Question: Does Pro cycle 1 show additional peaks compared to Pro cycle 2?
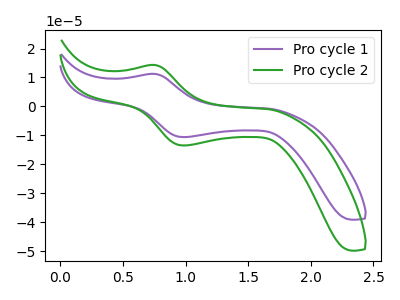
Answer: <think>The purple curve "Pro cycle 1" has an anodic peak at (0.75V, 11.25uA) and a cathodic peak at (1.00V, -10.60uA). The green curve "Pro cycle 2" has an anodic peak at (0.75V, 14.30uA) and a cathodic peak at (1.00V, -13.50uA).
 All the peaks in "Pro cycle 1" have a peak in "Pro cycle 2" at the same potential. Every peak in "Pro cycle 1" is lower than every peak in "Pro cycle 2".</think>
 <answer>No, "Pro cycle 1" and "Pro cycle 2" don't appear to be significantly different in shape</answer>
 <eval>no_change</eval>